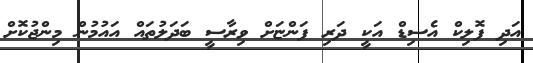
އަދި ފޮލިކް އެސިޑް އަކީ ދަރި ފަންޏަށް ވިރާސީ ބަދަލުތައް އައުމުން މިންޖުކޮށް